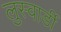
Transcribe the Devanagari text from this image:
लुस्वार्डी